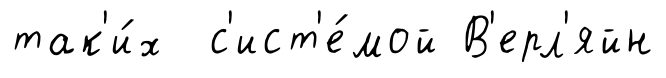
так'и́х с'ист'е́мой В'ерл'яйн